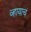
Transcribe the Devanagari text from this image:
व्हायाचं